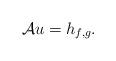
LaTeX: \begin{align*} \mathcal{A}u = h_{f,g}. \end{align*}